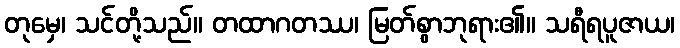
တုမှေ၊ သင်တို့သည်။ တထာဂတဿ၊ မြတ်စွာဘုရား၏။ သရီရပူဇာယ၊